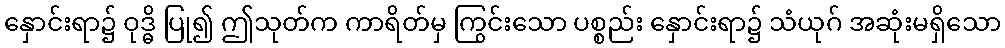
နှောင်းရာ၌ ဝုဒ္ဓိ ပြု၍ ဤသုတ်က ကာရိတ်မှ ကြွင်းသော ပစ္စည်း နှောင်းရာ၌ သံယုဂ် အဆုံးမရှိသော